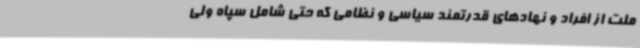
ملت از افراد و نهادهای قدرتمند سیاسی و نظامی که حتی شامل سپاه ولی